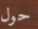
حول